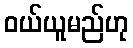
ဝယ်ယူမည်ဟု